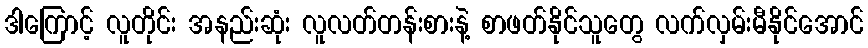
ဒါကြောင့် လူတိုင်း အနည်းဆုံး လူလတ်တန်းစားနဲ့ စာဖတ်နိုင်သူတွေ လက်လှမ်းမီနိုင်အောင်